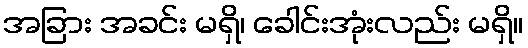
အခြား အခင်း မရှိ၊ ခေါင်းအုံးလည်း မရှိ။